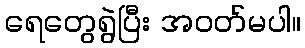
ရေတွေရွဲပြီး အဝတ်မပါ။